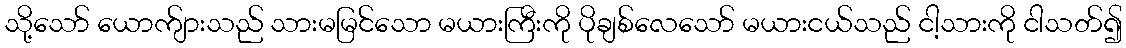
သို့သော် ယောက်ျားသည် သားမမြင်သော မယားကြီးကို ပိုချစ်လေသော် မယားငယ်သည် ငါ့သားကို ငါသတ်၍